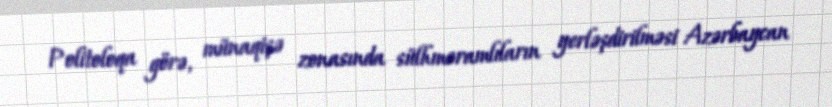
Politoloqa görə, münaqişə zonasında sülhməramlıların yerləşdirilməsi Azərbaycan